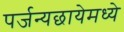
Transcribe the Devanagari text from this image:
पर्जन्यछायेमध्ये